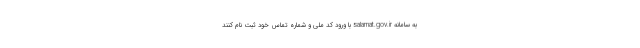
به سامانه salamat.gov.ir با ورود کد ملی و شماره تماس خود ثبت نام کنند